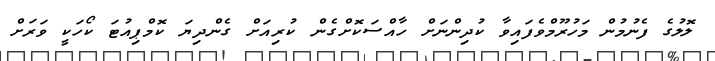
ލޮލުގެ ފެނުމުން މަހުރޫމްވެފައިވާ ކުދިންނަށް ހާއްސަކޮށްގެން ކުރިއަށް ގެންދިޔަ ކޮމްޕިއުޓަ ކޯހަކީ ވަރަށް